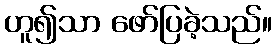
ဟူ၍သာ ဖော်ပြခဲ့သည်။